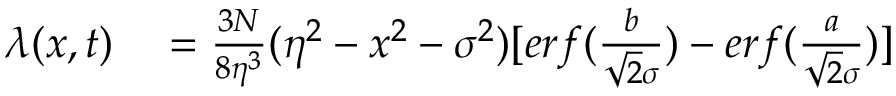
\begin{array} { r l } { \lambda ( x , t ) } & { { } = \frac { 3 N } { 8 \eta ^ { 3 } } ( \eta ^ { 2 } - x ^ { 2 } - \sigma ^ { 2 } ) [ e r f ( \frac { b } { \sqrt { 2 } \sigma } ) - e r f ( \frac { a } { \sqrt { 2 } \sigma } ) ] } \end{array}